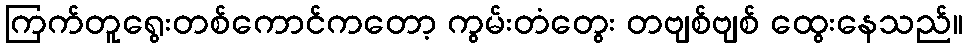
ကြက်တူရွေးတစ်ကောင်ကတော့ ကွမ်းတံတွေး တဗျစ်ဗျစ် ထွေးနေသည်။